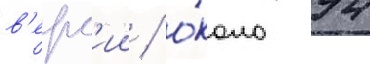
в'ерс'ии / о́коло 94